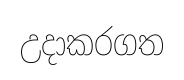
උදාකරගත